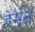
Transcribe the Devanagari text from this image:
हेर्मन